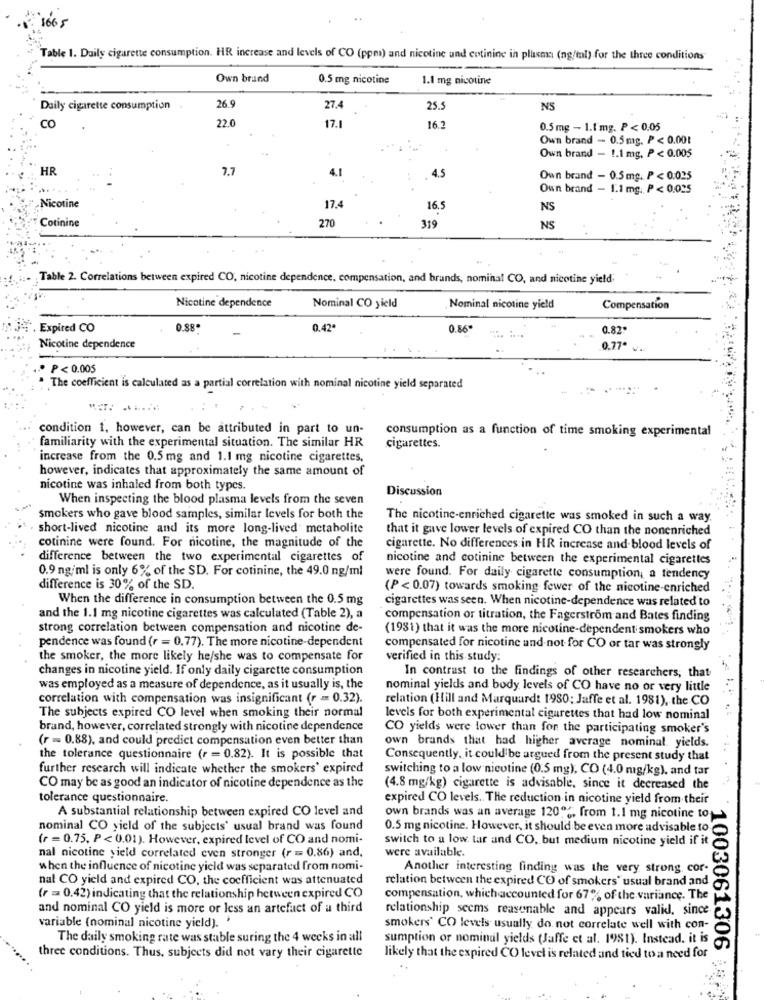
1665
Table 1. Daily cigarette consumption. HR increase and levels of CO (ppm) and nicotine and cotinine in plasma (ng/tal) for the three conditions"
Own brand
0.5 mg nicotine
1.1 mg nicotine
Daily cigarette consumption
26.9
27.4
25.5
NS
CO
22.0
17.1
16.2
0.5 mg - 1.1 mg. P < 0.05
Own brand - 0.5mg. P < 0.001
Own brand - !. 1 mg, P < 0.005
HR
7.7
4.1
4.5
Own brand - 0.5mg. P < 0.025
Oun brand - 1.1 mg. P < 0.025
Nicotine
17.4
16.
NS
Cotinine
270
319
NS
Table 2. Correlations between expired CO, nicotine dependence, compensation, and brands, nominal CO, and nicotine yield;
Nicotine dependence
Nominal CO yield
Nominal nicotine yield
Compensation
Expired CO
0.88
-
0.42*
0.86
0.82
Nicotine dependence
0.77ª
P< 0.005
The coefficient is calculated as a partial correlation with nominal nicotine yield separated
condition 1, however, can be attributed in part to un-
consumption as a function of time smoking experimental
familiarity with the experimental situation. The similar HR
cigarettes.
increase from the 0.5 mg and 1.1 mg nicotine cigarettes,
however, indicates that approximately the same amount of
nicotine was inhaled from both types.
Discussion
When inspecting the blood plasma levels from the seven
smokers who gave blood samples, similar levels for both the
The nicotine-enriched cigarette was smoked in such a way.
short-lived nicotine and its more long-lived metabolite
that it gave lower levels of expired CO than the nonenriched
cotinine were found. For nicotine, the magnitude of the
cigarette. No differences in HR increase and blood levels of
difference between the two experimental cigarettes of
nicotine and cotinine between the experimental cigarettes
0.9 ng/ml is only 6% of the SD. For cotinine, the 49.0 ng/ml
were found. For daily cigarette consumption, a tendency
difference is 30% of the SD.
(P < 0.07) towards smoking fewer of the nicotine-enriched
When the difference in consumption between the 0.5 mg
cigarettes was seen. When nicotine-dependence was related to
and the 1.1 mg nicotine cigarettes was calculated (Table 2), a
compensation or titration, the Fagerström and Bates finding
strong correlation between compensation and nicotine de-
(1981) that it was the more nicotine-dependent smokers who
pendence was found (r = 0.77). The more nicotine-dependent
compensated for nicotine and not for CO or tar was strongly
the smoker, the more likely he/she was to compensate for
verified in this study:
changes in nicotine yield. If only daily cigarette consumption
In contrast to the findings of other researchers, that
was employed as a measure of dependence, as it usually is, the
nominal yields and body levels of CO have no or very little
correlation with compensation was insignificant (r = 0.32).
relation (Hill and Marquardt 1980; Jaffe et al. 1981), the CO
The subjects expired CO level when smoking their normal
levels for both experimental cigarettes that had low nominal
brand, however, correlated strongly with nicotine dependence
CO yields were lower than for the participating smoker's
(r = 0.88), and could predict compensation even better than
own brands that had higher average nominal. yields.
the tolerance questionnaire (r = 0.82). It is possible that
Consequently, it could be argued from the present study that
further research will indicate whether the smokers' expired
switching to a low nicotine (0.5 mg), CO (4.0 mg/kg), and tar
CO may be as good an indicator of nicotine dependence as the
(4.8 mg/kg) cigarette is advisable, since it decreased the
tolerance questionnaire.
expired CO levels .. The reduction in nicotine yield from their
A substantial relationship between expired CO level and
own brands was an average 1200%, from 1.1 mg nicotine to
nominal CO yield of the subjects' usual brand was found
0.5 mg nicotine. However, it should be even more advisable to
(r = 0.75, P < 0.01). However, expired level of CO and nomi-
switch to a low tar and CO, but medium nicotine yield if it
were available.
nal nicotine yield correlated even stronger (r = 0.86) and,
when the influence of nicotine yield was separated from nomi-
Another interesting finding was the very strong, cor-
nal CO yield and expired CO, the coefficient was attenuated
relation between the expired CO of smokers" usual brand and
(r = 0.42) indicating that the relationship between expired CO
compensation, whichaccounted for 67% of the variance. The
and nominal CO yield is more or less an artefact of a third
relationship seems reasonable and appears valid, since
variable (nominal nicotine yield).
smokers' CO levels usually do not correlate well with con-
The daily smoking rate was stable suring the 4 weeks in all
sumption or nominal yields (Jaffe et al. 1981). Instead. it is
1003061306
three conditions. Thus, subjects did not vary their cigarette
likely that the expired CO level is related and tied to a need for